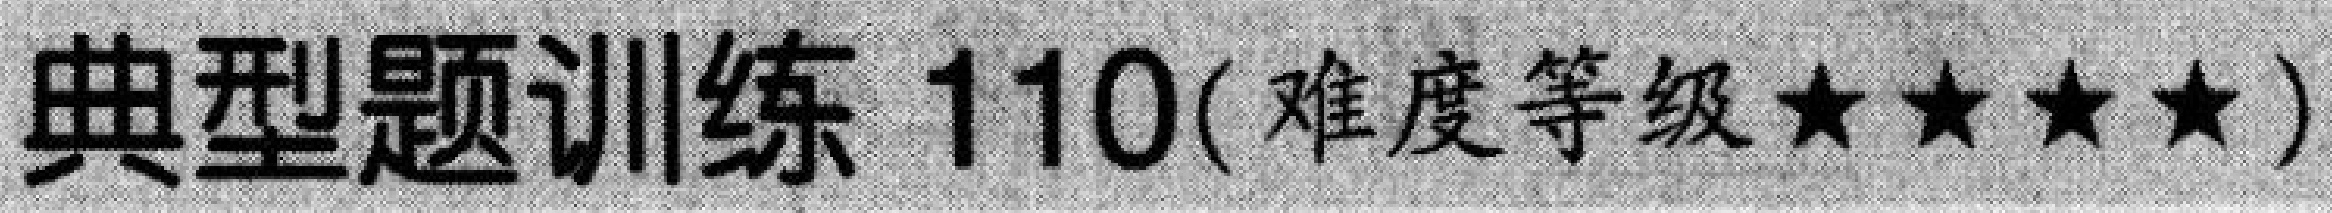
典型题训练 \(110(\)难度等级\(★★★★)\)